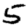
Digit: 5